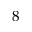
8